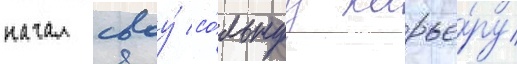
начал своу́ со́льнуу карье́ру